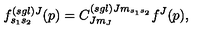
f _ { s _ { 1 } s _ { 2 } } ^ { \left( s g l \right) J } ( p ) = C _ { J m _ { J } } ^ { \left( s g l \right) J m _ { s _ { 1 } s _ { 2 } } } f ^ { J } ( p ) ,